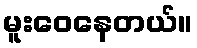
မူးဝေနေတယ်။